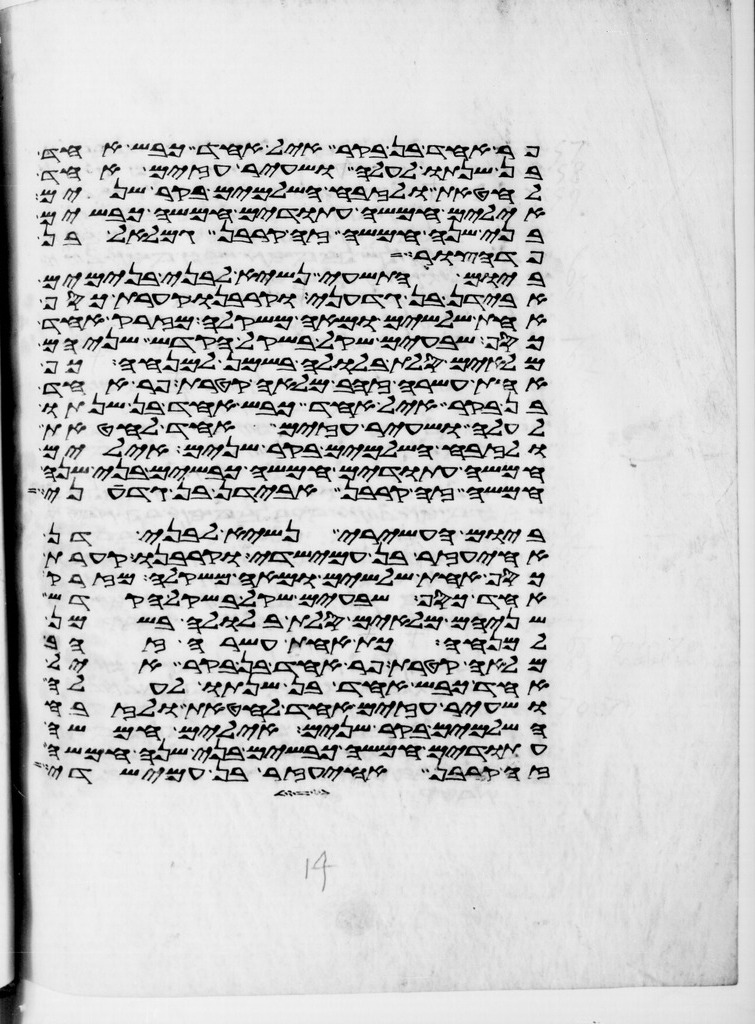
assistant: פר אחד בן בקר איל אחד כבש אחד
בן שנתו לעלה ושעיר עזים אחד
לחטאת ולזבח השלמים בקר שנים
אילים חמשה עתודים חמשה כבשים
בני שנה חמשה זה קרבן גמלאל בן
פדהצור
ביום התשעי נשיא לבני בנימים
אבידן בן גדעוני וקרבנו קערת כסף
אחת שלשים ומאה משקלה מזרק אחד
כסף שבעים שקל בשקל הקדש שניהם
מלאים סלת בלולה בשמן למנחה כף
אחת עשרה זהב מלאה קטרת פר אחד
בן בקר איל אחד כבש אחד בן שנתו
לעלה ושעיר עזים אחד לחטאת
ולזבח השלמים בקר שנים אילים
חמשה עתודים חמשה כבשים בני שנה
חמשה זה קרבן אבידן בן גדעוני
ביום העשירי נשיא לבני דן
אחיעזר בן עמישדי וקרבנו קערת
כסף אחת שלשים ומאה משקלה מזרק
אחד כסף שבעים שקל בשקל הקדש
שניהם מלאים סלת בלולה בשמן
למנחה כף אחת עשרה זהב
מלאה קטרת פר אחד בן בקר איל
אחד כבש אחד בן שנתו לעלה
ושעיר עזים אחד לחטאת ולזבח
השלמים בקר שנים אילים חמשה
עתודים חמשה כבשים בני שנה חמשה
זה קרבן אחיעזר בן עמישדי